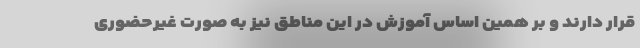
قرار دارند و بر همین اساس آموزش در این مناطق نیز به صورت غیرحضوری